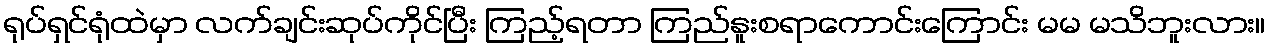
ရုပ်ရှင်ရုံထဲမှာ လက်ချင်းဆုပ်ကိုင်ပြီး ကြည့်ရတာ ကြည်နူးစရာကောင်းကြောင်း မမ မသိဘူးလား။